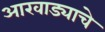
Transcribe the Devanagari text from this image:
आखाड्याचे